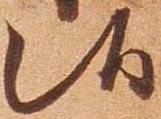
候